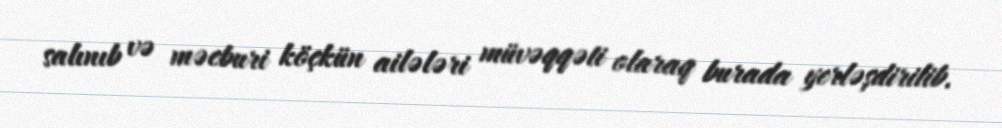
salınıb və məcburi köçkün ailələri müvəqqəti olaraq burada yerləşdirilib.